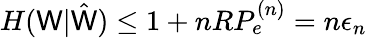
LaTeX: H(\mathsf{W}|{\hat{{\mathsf{W}}}})\leq1+nRP_{e}^{(n)}=n\epsilon_{n}